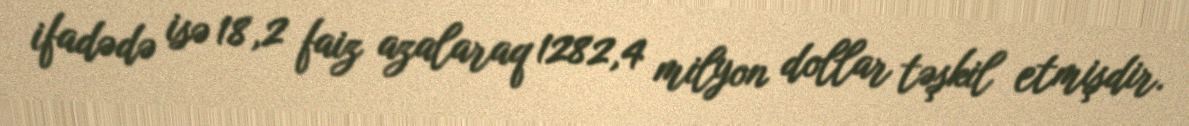
ifadədə isə 18,2 faiz azalaraq 1282,4 milyon dollar təşkil etmişdir.